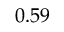
0 . 5 9